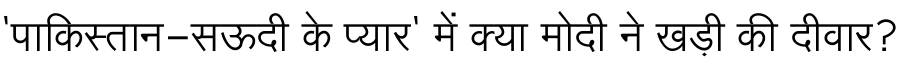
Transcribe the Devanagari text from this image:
'पाकिस्तान-सऊदी के प्यार' में क्या मोदी ने खड़ी की दीवार?